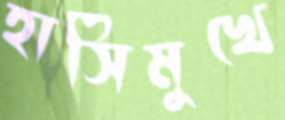
হাসিমুখে